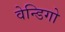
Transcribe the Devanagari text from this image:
वेन्डिगो